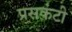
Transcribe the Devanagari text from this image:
प्रसकंटी